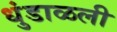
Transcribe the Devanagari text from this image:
धुंडाळली